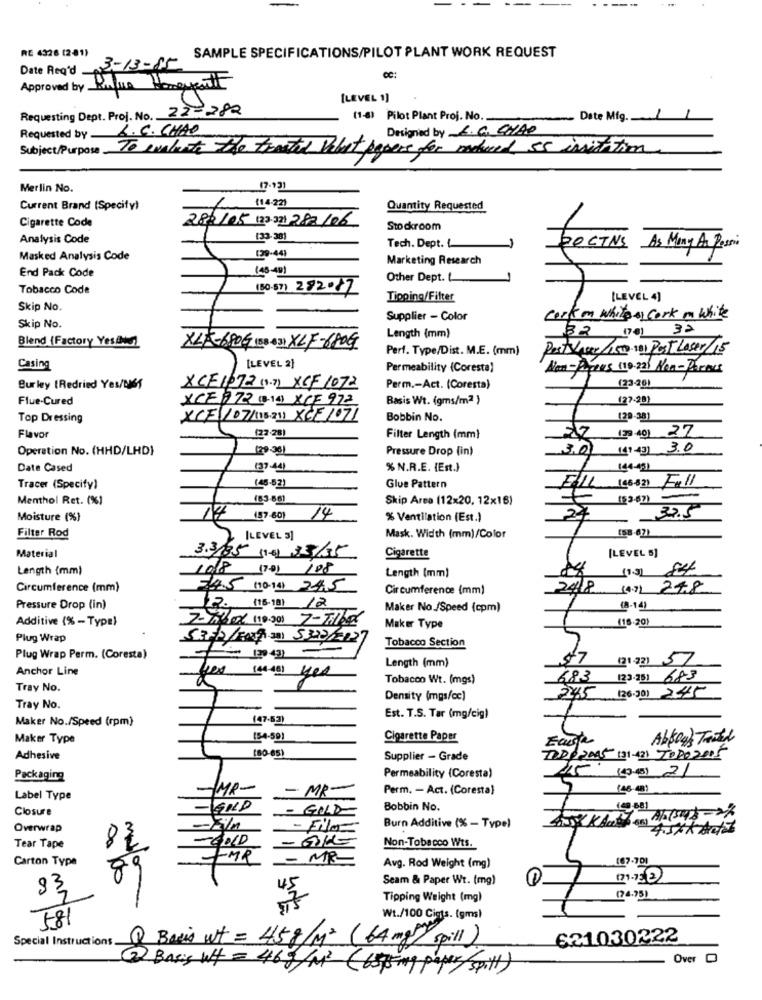
RE 4326 (281)
SAMPLE SPECIFICATIONS/PILOT PLANT WORK REQUEST
Date Req'd .
3-13-85
CC
Approved by Police
Mina Hangyentf
[LEVEL 1]
Requesting Dept. Proj. No. 22-282
(1-4) Pilot Plant Proj. No.
- Date Mig. 1
1
L. C. CHAO
Designed by R.C. CHAP
Requested by -
Subject/Purpose To evaluate the treated Vibut papers for matured 55 invitation
Merlin No.
17.931
Current Brand (Specify)
/ 14:221
Quantity Requested
Cigarette Code
282/05 (23-3] 282/06
Stockroom
Analysis Code
133-381
Tech. Dept. L
DOCTNS
As Many As Pesoi
Masked Analysis Code
199-44]
Marketing Research
(45-49)
End Pack Code
Other Dept. L
Tobacco Code
(50-57) 282017
Tipping/Filter
[LEVEL 4]
Skip No.
Supplier - Color
cork m while & cork in White
Skip No.
32 (74) 32
Blend (Factory Yes.c)
Length (mm)
XLR-680G (38 4] XLF-680G
Perf. Type/Dist. M.E. (mm)
Post acce/150-191 Post Laser/15
Casing
[LEVEL 2]
Permeability (Coresta)
Non-Papies 110-22) Non-Pornes
Burley (Redried Yes/DIES
XCE1672 (1.7) XCF 1072
Perm .- Act. (Coresta)
(23-26)
Flue-Cured
XCE9 72 (B-14) XCF 972
Basis Wt. (gms/m2 }
(27-28)
Top Dressing
XCF/07/115.21) XCF 1071
Bobbin No.
(29-38)
199 49) 27
Flavor
(27 -28)
Filter Length (mm}
Operation No. (HHD/LHD)
(29-361
Pressure Drop (in)
3.0
(41.43) 3.0
Date Cased
(37-44)
% N.R.E. {Est.)
(44-43)
Tracer (Specify)
(46-52)
Glue Pattern
Menthol Ret. (%)
Skip Area (12x20, 12x16)
17
24
32.5
Moisture (%)
(87-60)
14
% Ventilation (Est.)
Filter Rod
(58-67)
[LEVEL 3]
Mask. Width (mm)/Color
Material
3.3/35 (1-6) 33/35
Cigarette
[LEVEL 5]
Length (mm)
1018 17/01/08
Length (mm)
Circumference (mm)
14.5 (10.14) 24.5
Circumference (mm)
2418 (4.) 278
Pressure Drop (in)
2.2. (16-18) 12
Maker No./Speed (cpm)
-14]
Additive (% - Type)
7-7 0% (19:00) 7-Tilke
(16-20)
Maker Type
Plug Wrap
SPFP/FONT% 33) 5322/2227
Tobacco Section
Plug Wrap Perm. (Coresta)
$7
(21 23) 57
Anchor Line
Length (mm)
Tobacco Wt. (mgs)
683 (23.351 683
Tray No.
Density (mgs/cc)
2445 (26.00) 245
Tray No.
Maker No./Speed (rpm)
(47-53)
Est. T.S. Tar (mg/cig)
Maker Type
(54-59)
Cigarette Paper
Abbogh Tatt
(80-65)
Adhesive
Supplier - Grade
TODO2005 (31-421 TODO2015
(3.43) 21
Packaging
Permeability (Coresta)
-MP-
- MR-
Perm. - Act. (Coresta)
7
(46-48)
Label Type
Closure
-GOLD
- GOLD
Bobbin No.
BAYKAL, AL(548-2)
Overwrap
- Film
Burn Additive (% - Type)
4.5%* Actor
Tear Tape
0
Non-Tobacco Wts.
Carton Type
MR
- MR
167-701
Avg. Rod Weight (mg)
Seam & Paper Wt. (mg)
C
1
33,
Tipping Weight (mg)
(74.95)
781
Wt./100 Ciets. (gms)
Special Instructions.
Basis wt = 45g/M2 (64 mg) spill)
621030222
Over
2 Basis WH = 46 g/m2 (655 mg paper spill)